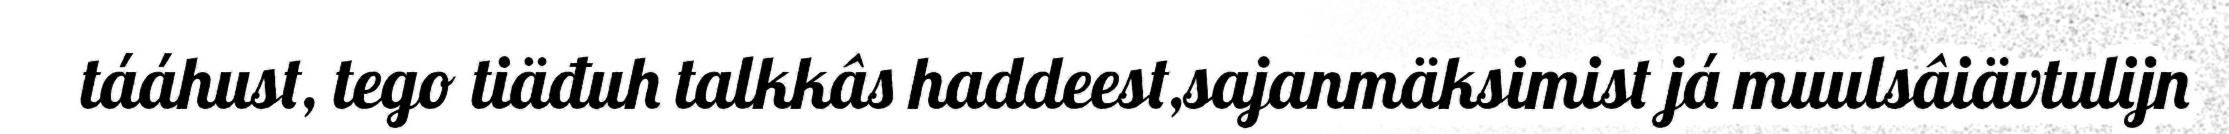
tááhust, tego tiäđuh talkkâs haddeest,sajanmäksimist já muulsâiävtulijn